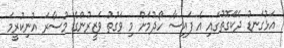
އަޅުގަނޑު ދެކޭގޮތުގައި އެ ފައިސާ ހޯދުމަށް މި ވަގުތު ވަޒީރުންގެ މުސާރަ އުނިކުރީމަ